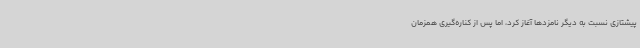
پیشتازی نسبت به دیگر نامزدها آغاز کرد، اما پس از کناره‌گیری همزمان